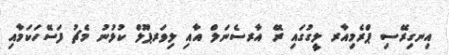
އިނގިރޭސި ޕްރެމިއާރ ލީގުގައި ރޭ އާރސެނަލް އާއި ލިވަރޕޫލް ކުޅުނު މެޗު ފަސޭހަކަމާއި